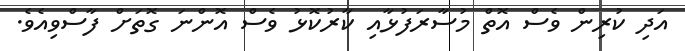
އަދި ކުރިން ވެސް އޮތް މުސާރަފުޅާއި ކާރުކޮޅު ވެސް އޮންނަ ގޮތަށް ފާސްވިއެވެ.